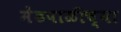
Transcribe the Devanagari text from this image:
मेंढपाळीच्या